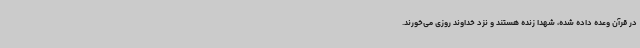
در قرآن وعده داده شده، شهدا زنده هستند و نزد خداوند روزی می‌خورند.